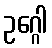
ဥဂ္ဂေါ